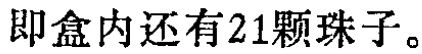
即盒内还有21颗珠子。